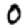
Digit: 0